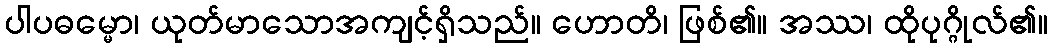
ပါပဓမ္မော၊ ယုတ်မာသောအကျင့်ရှိသည်။ ဟောတိ၊ ဖြစ်၏။ အဿ၊ ထိုပုဂ္ဂိုလ်၏။